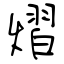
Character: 熠